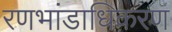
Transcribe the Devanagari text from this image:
रणभांडाधिकरण